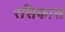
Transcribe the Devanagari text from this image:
रसिकास